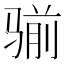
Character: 𩨊